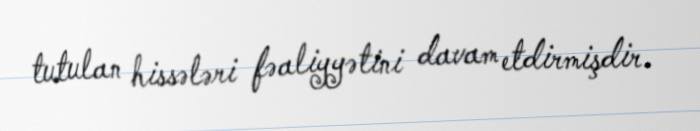
tutulan hissələri fəaliyyətini davam etdirmişdir.